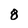
Character: 8